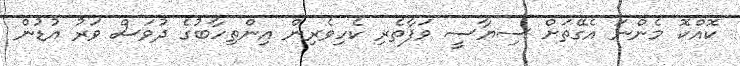
ކޮއްކޮ މެންނަ އެގޭތަށް ސިޔާސީ ވަފާތެރި ކެހިވެރިން އިންތިހާބުގެ ދުވަސް ވަރު އުޑުން